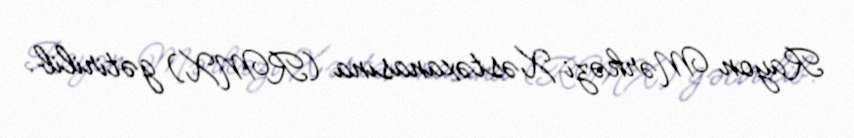
Rayon Mərkəzi Xəstəxanasına (RMX) gətirilib.